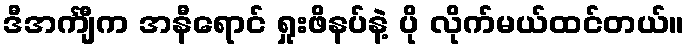
ဒီအင်္ကျီက အနီရောင် ရှုးဖိနပ်နဲ့ ပို လိုက်မယ်ထင်တယ်။